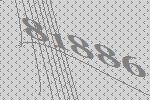
81886